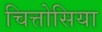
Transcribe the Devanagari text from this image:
चित्तोसिया